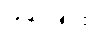
တင်ခြင်း